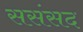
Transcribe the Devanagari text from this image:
ससंसद